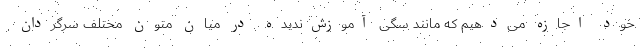
خود اجازه می‌دهیم که مانند سگی آموزش‌ندیده در میان متون مختلف سرگردان